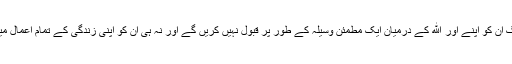
اس صورت میں لوگ ان کو اپنے اور الله کے درمیان ایک مطمئن وسیلہ کے طور پر قبول نہیں کریں گے اور نہ ہی ان کو اپنی زندگی کے تمام اعمال میں پیشوا بنا ئیں گے۔